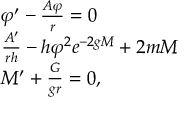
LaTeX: \begin{array} { l l } { { \varphi ^ { \prime } - \frac { A \varphi } { r } = 0 } } \\ { { \frac { A ^ { \prime } } { r h } - h \varphi ^ { 2 } e ^ { - 2 g M } + 2 m M } } \\ { { M ^ { \prime } + \frac { G } { g r } = 0 , } } \end{array}